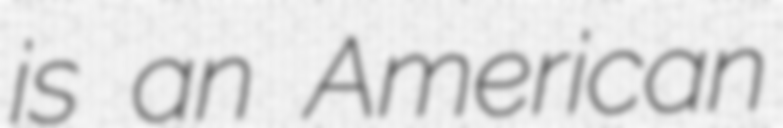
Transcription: is an American